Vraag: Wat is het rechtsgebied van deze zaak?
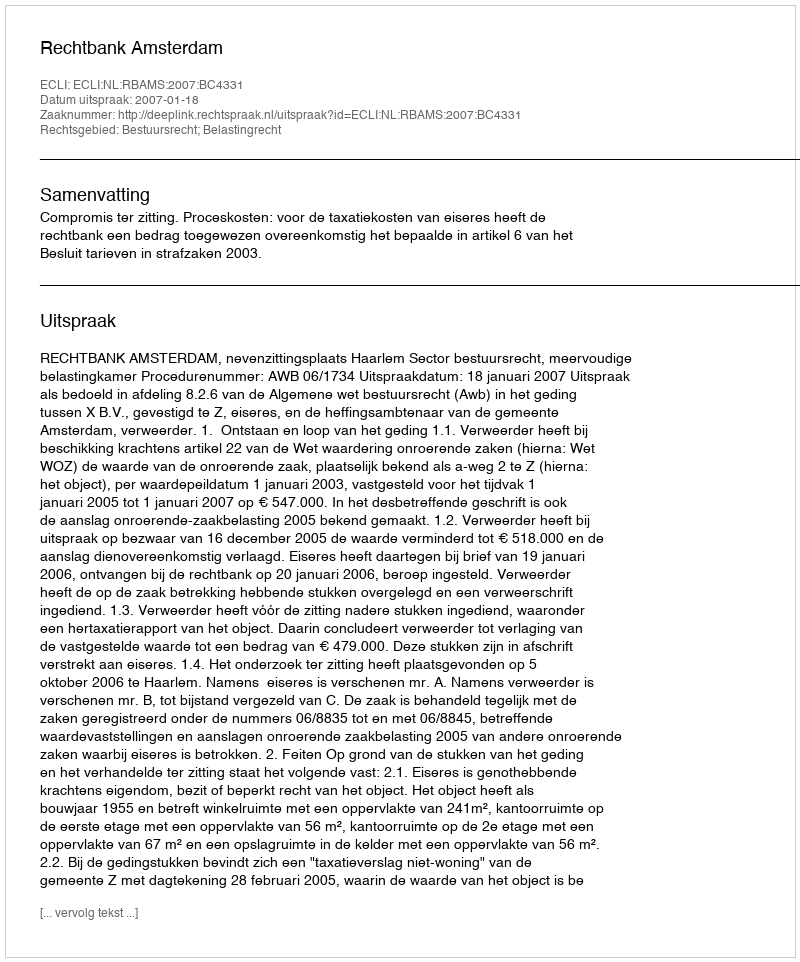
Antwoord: Bestuursrecht; Belastingrecht